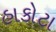
હાકોટા